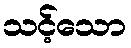
သင့်သော